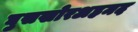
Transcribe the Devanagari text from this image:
घुसखोरअहमद